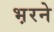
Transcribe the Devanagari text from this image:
भ़रने